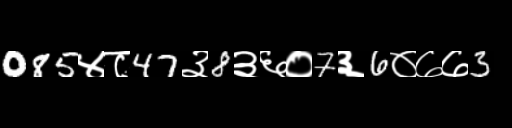
Text: 085४८47३8३६०7३6०७७3